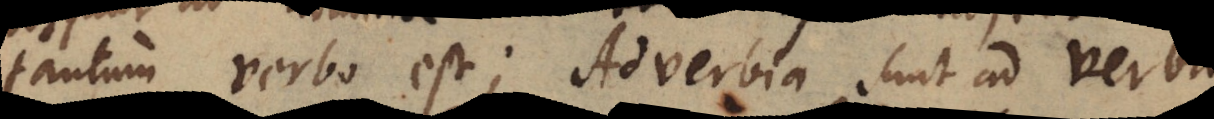
tantum verbo est; Adverbia sunt ad Verba